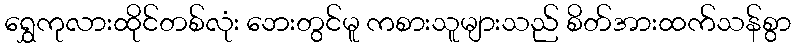
ရွှေကုလားထိုင်တစ်လုံး ဘေးတွင်မူ ကစားသူများသည် စိတ်အားထက်သန်စွာ